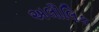
અલૌલિક